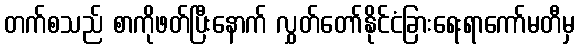
တက်စသည် စာကိုဖတ်ပြီးနောက် လွှတ်တော်နိုင်ငံခြားရေးရာကော်မတီမှ